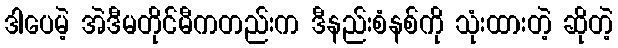
ဒါပေမဲ့ အဲဒီမတိုင်မီကတည်းက ဒီနည်းစံနစ်ကို သုံးထားတဲ့ ဆိုတဲ့